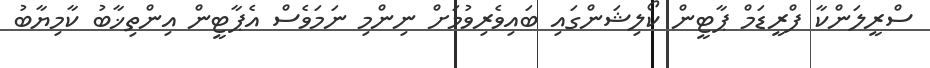
ސްރީލަންކާ ފްރީޑަމް ޕާޓީން ކޯލިޝަންގައި ބައިވެރިވުމަށް ނިންމި ނަމަވެސް އެޕާޓީން އިންތިޚާބު ކާމިޔާބު